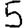
Digit: 5